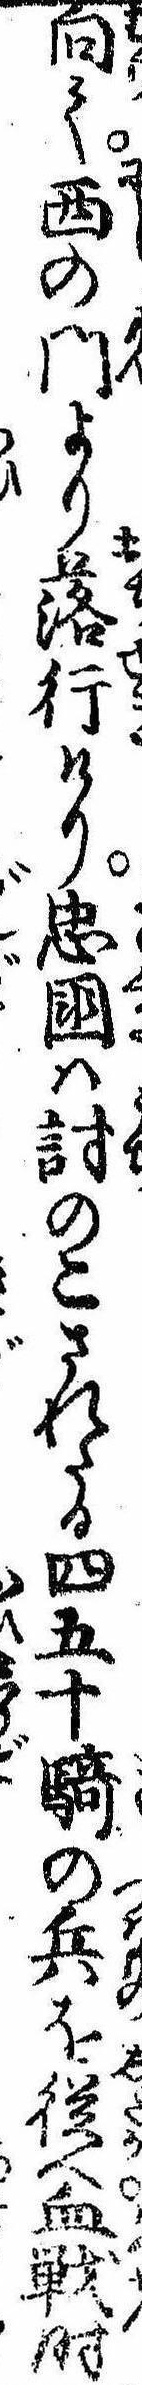
向て西の門より落行けり忠国は討のこされたる四五十騎の兵を従へ血戦時